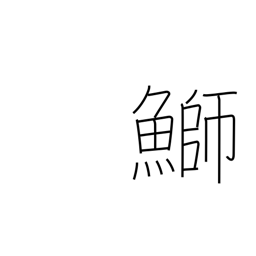
Meaning: yellowtail